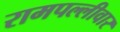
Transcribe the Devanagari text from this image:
रामपल्लीवार